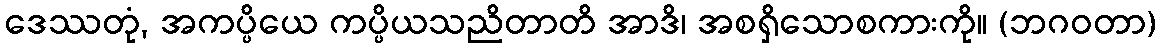
ဒေဿတုံ, အကပ္ပိယေ ကပ္ပိယသညိတာတိ အာဒိ၊ အစရှိသောစကားကို။ (ဘဂဝတာ)